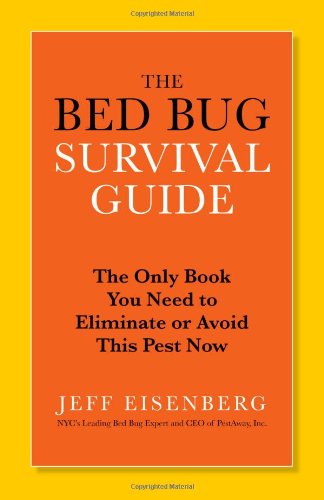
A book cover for The Bed Bug Survival Guide: The Only Book You Need to Eliminate or Avoid This Pest Now; Jeff Eisenberg; Science & Math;